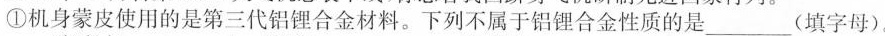
①机身蒙皮使用的是第三代铝锂合金材料。下列不属于铝锂合金性质的是\underline (填字母)。